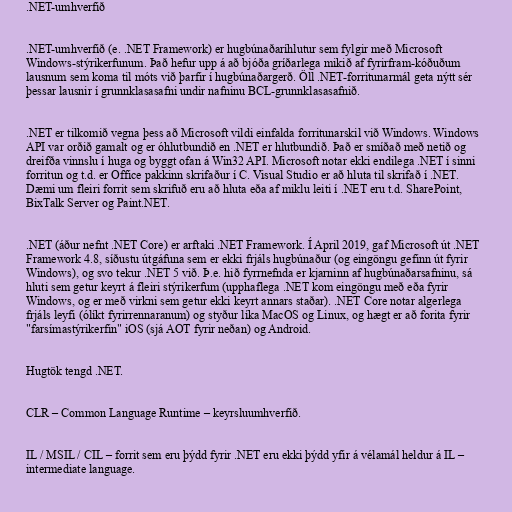
.NET-umhverfið

.NET-umhverfið (e. .NET Framework) er hugbúnaðaríhlutur sem fylgir með Microsoft
Windows-stýrikerfunum. Það hefur upp á að bjóða gríðarlega mikið af fyrirfram-kóðuðum
lausnum sem koma til móts við þarfir í hugbúnaðargerð. Öll .NET-forritunarmál geta nýtt sér
þessar lausnir í grunnklasasafni undir nafninu BCL-grunnklasasafnið.

.NET er tilkomið vegna þess að Microsoft vildi einfalda forritunarskil við Windows. Windows
API var orðið gamalt og er óhlutbundið en .NET er hlutbundið. Það er smíðað með netið og
dreifða vinnslu í huga og byggt ofan á Win32 API. Microsoft notar ekki endilega .NET í sinni
forritun og t.d. er Office pakkinn skrifaður í C. Visual Studio er að hluta til skrifað í .NET.
Dæmi um fleiri forrit sem skrifuð eru að hluta eða af miklu leiti í .NET eru t.d. SharePoint,
BixTalk Server og Paint.NET.

.NET (áður nefnt .NET Core) er arftaki .NET Framework. Í April 2019, gaf Microsoft út .NET
Framework 4.8, síðustu útgáfuna sem er ekki frjáls hugbúnaður (og eingöngu gefinn út fyrir
Windows), og svo tekur .NET 5 við. Þ.e. hið fyrrnefnda er kjarninn af hugbúnaðarsafninu, sá
hluti sem getur keyrt á fleiri stýrikerfum (upphaflega .NET kom eingöngu með eða fyrir
Windows, og er með virkni sem getur ekki keyrt annars staðar). .NET Core notar algerlega
frjáls leyfi (ólíkt fyrirrennaranum) og styður líka MacOS og Linux, og hægt er að forita fyrir
"farsímastýrikerfin" iOS (sjá AOT fyrir neðan) og Android.

Hugtök tengd .NET.

CLR – Common Language Runtime – keyrsluumhverfið.

IL / MSIL / CIL – forrit sem eru þýdd fyrir .NET eru ekki þýdd yfir á vélamál heldur á IL –
intermediate language.